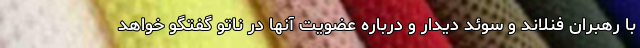
با رهبران فنلاند و سوئد دیدار و درباره عضویت آنها در ناتو گفتگو خواهد